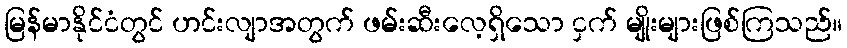
မြန်မာနိုင်ငံတွင် ဟင်းလျာအတွက် ဖမ်းဆီးလေ့ရှိသော ငှက် မျိုးများဖြစ်ကြသည်။